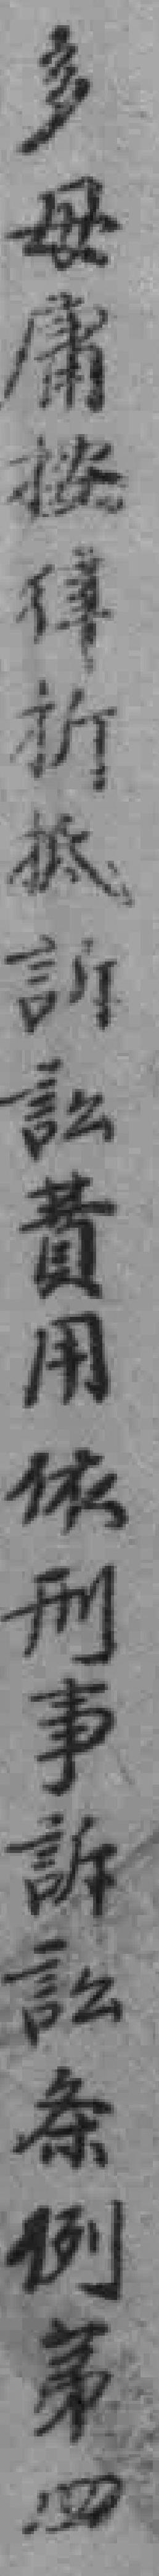
多毋庸按律折抵訴費用依刑事訴訟条例第四